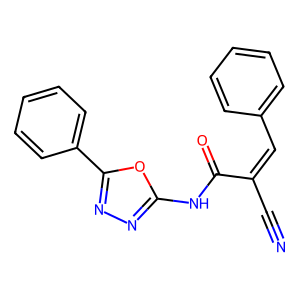
SMILES: N#CC(=Cc1ccccc1)C(=O)Nc1nnc(-c2ccccc2)o1
Inhibits HIV replication: No